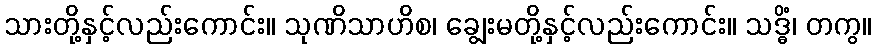
သားတို့နှင့်လည်းကောင်း။ သုဏိသာဟိစ၊ ချွေးမတို့နှင့်လည်းကောင်း။ သဒ္ဓိံ၊ တကွ။